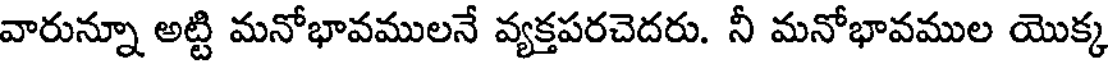
వారున్నూ అట్టి మనోభావములనే వ్యక్తపరచెదరు. నీ మనోభావముల యొక్క